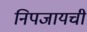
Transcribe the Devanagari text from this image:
निपजायची